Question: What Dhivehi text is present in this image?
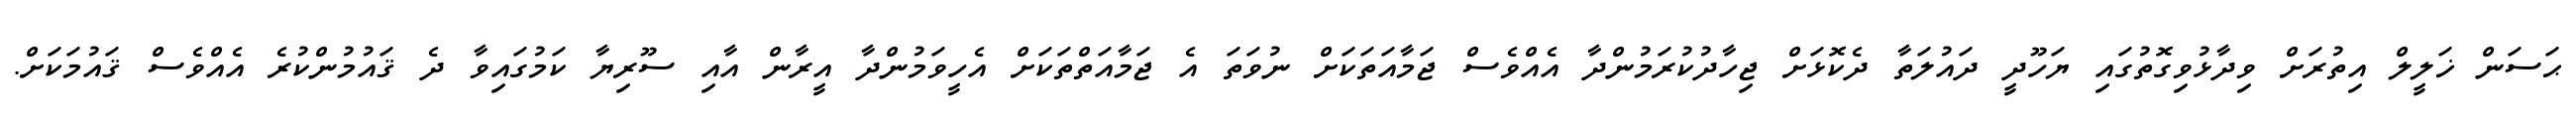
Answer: ޙަސަން ޚަލީލް އިތުރަށް ވިދާޅުވިގޮތުގައި ޔަހޫދީ ދައުލަތާ ދެކޮޅަށް ޖިހާދުކުރަމުންދާ އެއްވެސް ޖަމާއަތަކަށް ނުވަތަ އެ ޖަމާއަތްތަކަށް އެހީވަމުންދާ އީރާން އާއި ސޫރިޔާ ކަމުގައިވާ ދެ ޤައުމުންކުރެ އެއްވެސް ޤައުމަކަށް.